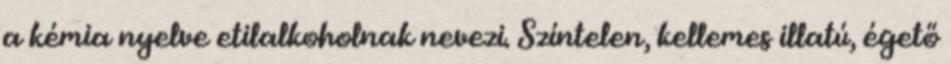
a kémia nyelve etilalkoholnak nevezi. Színtelen, kellemes illatú, égető